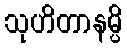
သုဟိတာနမ္ပိ